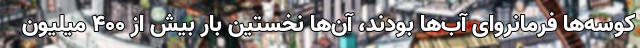
کوسه‌ها فرمانروای آب‌ها بودند، آن‌ها نخستین بار بیش از ۴۰۰ میلیون